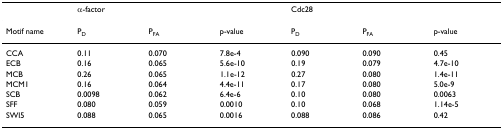
<table><thead><tr><td></td><td colspan="3"><b>α-factor</b></td><td colspan="3"><b>Cdc28</b></td></tr></thead><tbody><tr><td>Motif name</td><td>P<sub>D</sub></td><td>P<sub>FA</sub></td><td>p-value</td><td>P<sub>D</sub></td><td>P<sub>FA</sub></td><td>p-value</td></tr><tr><td>CCA</td><td>0.11</td><td>0.070</td><td>7.8e-4</td><td>0.090</td><td>0.090</td><td>0.45</td></tr><tr><td>ECB</td><td>0.16</td><td>0.065</td><td>5.6e-10</td><td>0.19</td><td>0.079</td><td>4.7e-10</td></tr><tr><td>MCB</td><td>0.26</td><td>0.065</td><td>1.1e-12</td><td>0.27</td><td>0.080</td><td>1.4e-11</td></tr><tr><td>MCM1</td><td>0.16</td><td>0.064</td><td>4.4e-11</td><td>0.17</td><td>0.080</td><td>5.0e-9</td></tr><tr><td>SCB</td><td>0.0098</td><td>0.062</td><td>6.4e-6</td><td>0.10</td><td>0.080</td><td>0.0063</td></tr><tr><td>SFF</td><td>0.080</td><td>0.059</td><td>0.0010</td><td>0.10</td><td>0.068</td><td>1.14e-5</td></tr><tr><td>SWI5</td><td>0.088</td><td>0.065</td><td>0.0016</td><td>0.088</td><td>0.086</td><td>0.42</td></tr></tbody></table>